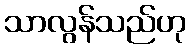
သာလွန်သည်ဟု